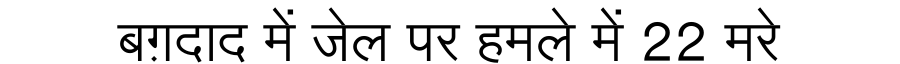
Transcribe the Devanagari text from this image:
बग़दाद में जेल पर हमले में 22 मरे